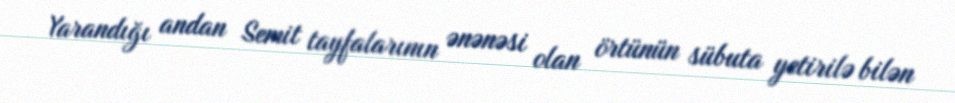
Yarandığı andan Semit tayfalarının ənənəsi olan örtünün sübuta yetirilə bilən